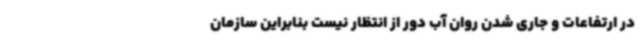
در ارتفاعات و جاری شدن روان آب دور از انتظار نیست بنابراین سازمان